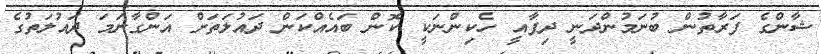
ޝާންގެ ފަރާތުން ބުނަމުންދަނީ ދިފާއީ ހެކިންނަކީ ކޮން ބައެއްކަން ދައުލަތަށް އަންގާނަމަ ދައުލަތުގެ